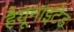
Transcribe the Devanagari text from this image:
हैयूनाइटेड